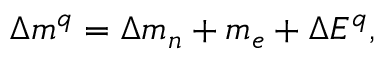
\Delta m ^ { q } = \Delta m _ { n } + m _ { e } + \Delta E ^ { q } ,